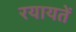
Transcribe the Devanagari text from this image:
रयायतें